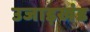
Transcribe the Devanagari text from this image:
उजाड़खंड